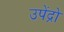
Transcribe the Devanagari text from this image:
उपेंद्रो